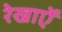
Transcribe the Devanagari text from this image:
रेखाऐं